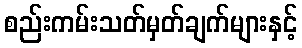
စည်းကမ်းသတ်မှတ်ချက်များနှင့်